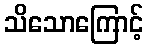
သိသောကြောင့်